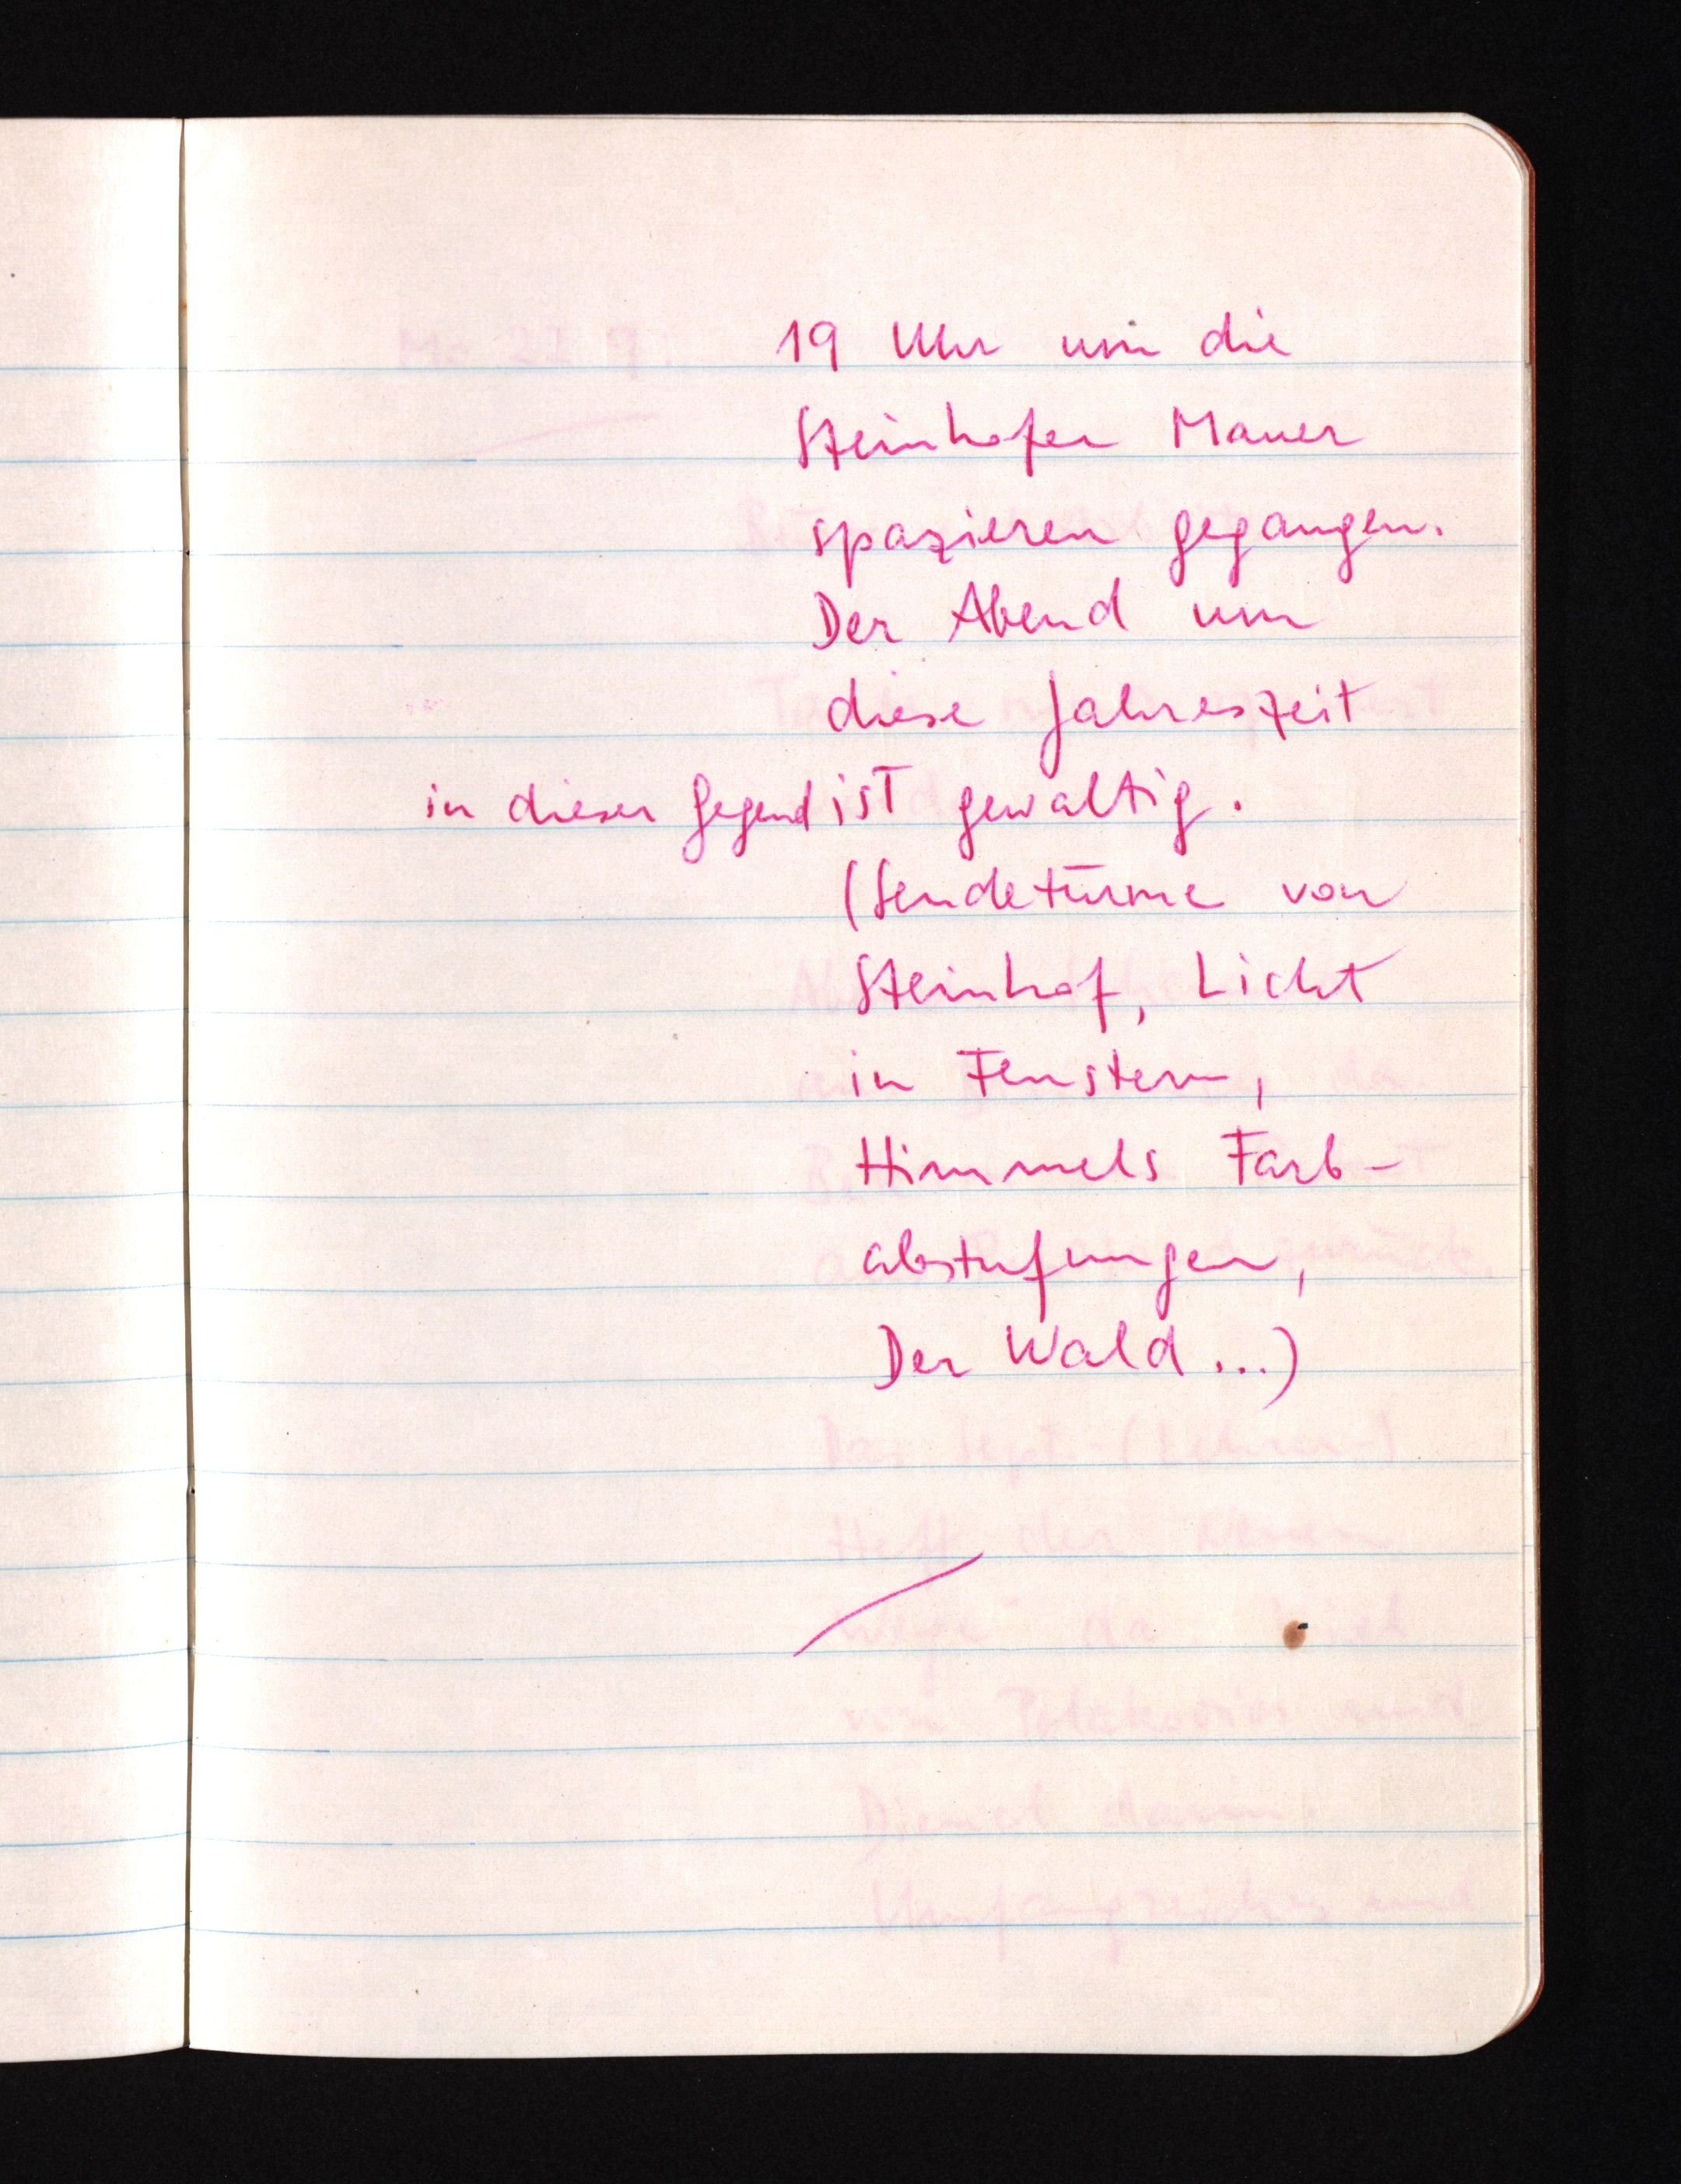
19 Uhr um die
Steinhofer Mauer
spazieren gegangen.
Der Abend um
diese Jahreszeit
in dieser Gegend ist gewaltig.
(Sendetürme von
Steinhof, Licht
in Fenstern,
Himmels Farb¬
abstufungen,
Der Wald ...)